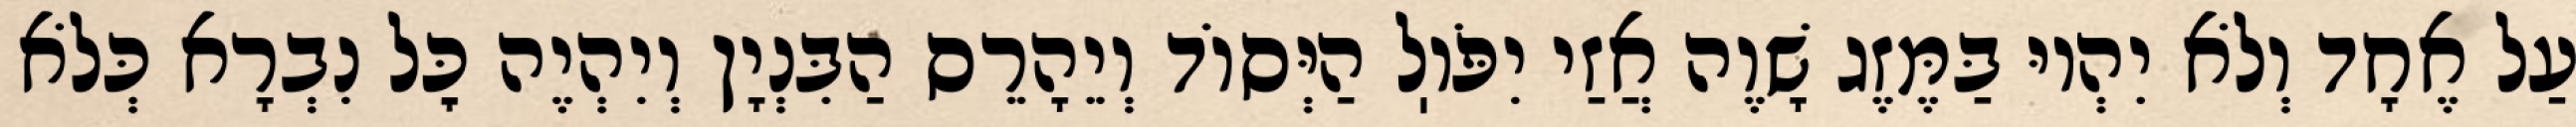
עַל אֶחָד וְלֹא יִהְיוּ בַּמֶּזֶג שָׁוֶה אֲזַי יִפֹּוֽל הַיְּסוֹד וְיֵהָרֵס הַבִּנְיָן וְיִהְיֶה כׇּל נִבְרָא כְּלֹא